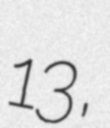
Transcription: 13,